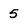
Character: 5